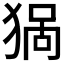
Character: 𱮈